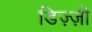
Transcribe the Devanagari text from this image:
डिज़्ज़ी